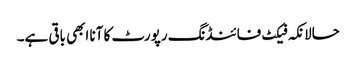
حالانکہ فیکٹ فائنڈنگ رپورٹ کا آنا ابھی باقی ہے۔